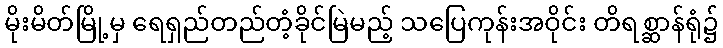
မိုးမိတ်မြို့မှ ရေရှည်တည်တံ့ခိုင်မြဲမည့် သပြေကုန်းအဝိုင်း တိရစ္ဆာန်ရုံ၌